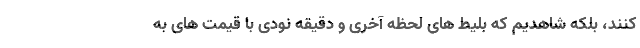
کنند، بلکه شاهدیم که بلیط های لحظه آخری و دقیقه نودی با قیمت های به